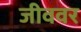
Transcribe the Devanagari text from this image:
जीववर